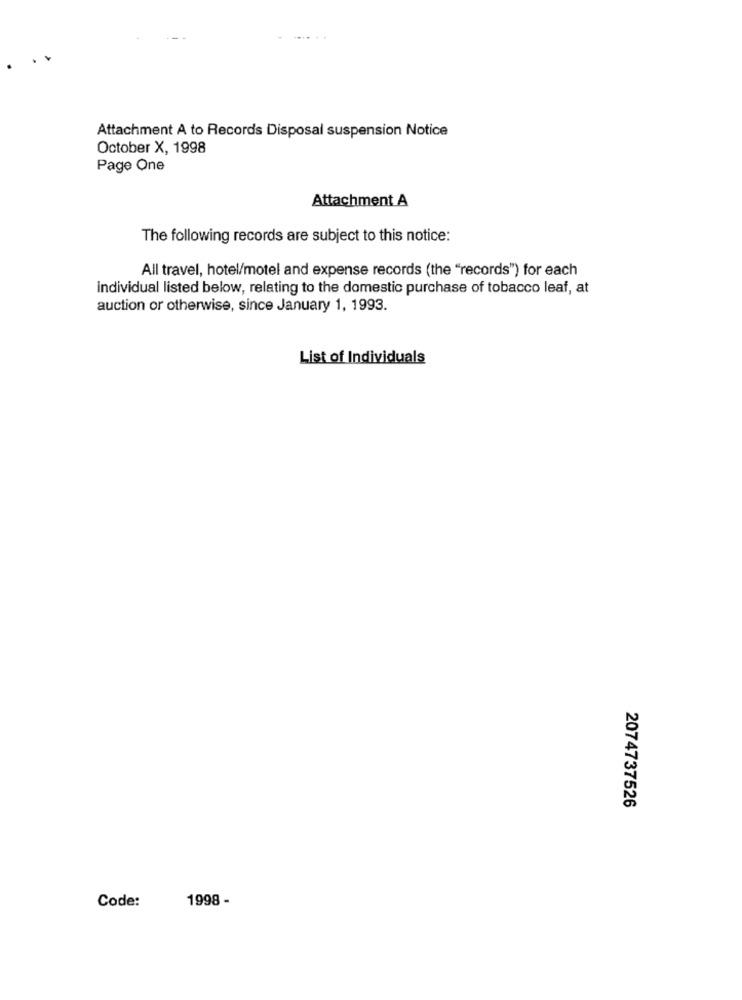
Attachment A to Records Disposal suspension Notice
October X, 1998
Page One
Attachment A
The following records are subject to this notice:
All travel, hotel/motel and expense records (the "records") for each
individual listed below, relating to the domestic purchase of tobacco leaf, at
auction or otherwise, since January 1, 1993.
List of Individuals
2074737526
Code:
1998 -